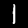
Label: 1